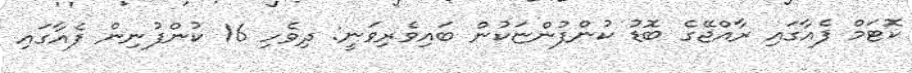
ކޮޓަމް ފެއާގައި ރާއްޖޭގެ ބޮޑު ކުންފުންޏަކުން ބައިވެރިވަނީ: ދިވެހި 16 ކުންފުނިން ފެއާގައި